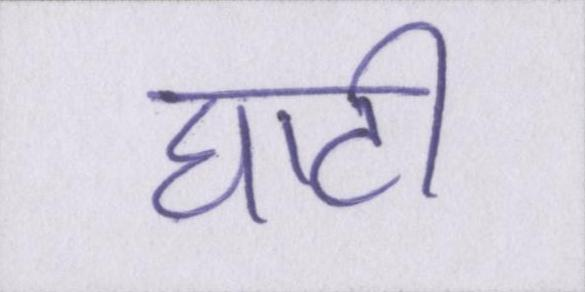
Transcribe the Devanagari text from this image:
घाटी